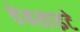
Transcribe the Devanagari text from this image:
वेबसाइटे